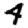
Digit: 4